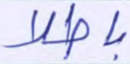
باطلا